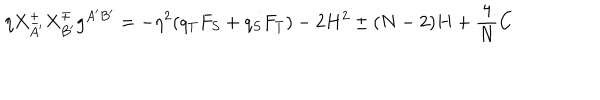
\eta X _ { A ^ { \prime } } ^ { \pm } X _ { B ^ { \prime } } ^ { \mp } g ^ { A ^ { \prime } B ^ { \prime } } = - \eta ^ { 2 } ( q _ { T } F _ { S } + q _ { S } F _ { T } ) - 2 H ^ { 2 } \pm ( N - 2 ) H + \frac { 4 } { N } C